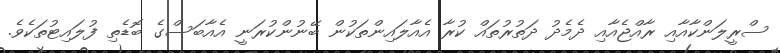
ސްރީލަންކާއާއި ރާއްޖެއާއި ދެމެދު ދަތުރުތައް ކުރާ އެއާލައިންތަކުން ބޭނުންކުރަނީ އެއާބަސްގެ ބޮޑެތި ފުލައިޓުތަކެވެ.